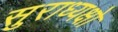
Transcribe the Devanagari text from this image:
सुराध्यक्षो